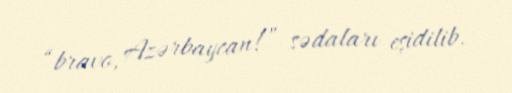
“bravo, Azərbaycan!” sədaları eşidilib.